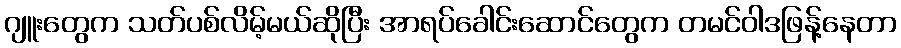
ဂျူးတွေက သတ်ပစ်လိမ့်မယ်ဆိုပြီး အာရပ်ခေါင်းဆောင်တွေက တမင်ဝါဒဖြန့်နေတာ